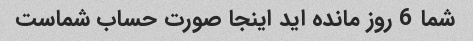
شما 6 روز مانده اید اینجا صورت حساب شماست